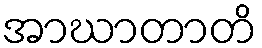
အာဃာတာတိ